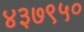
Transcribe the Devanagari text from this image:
४३७९५०